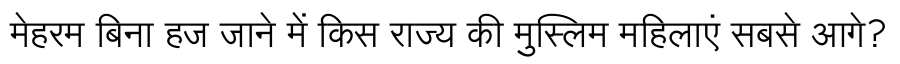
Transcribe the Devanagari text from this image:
मेहरम बिना हज जाने में किस राज्य की मुस्लिम महिलाएं सबसे आगे?